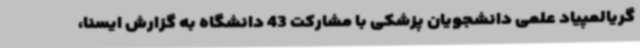
گریالمپیاد علمی دانشجویان پزشکی با مشارکت 43 دانشگاه به گزارش ایسنا،